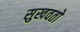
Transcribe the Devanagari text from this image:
सुखवतो